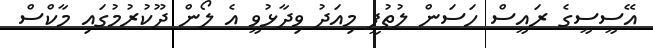
އޭސީސީގެ ރައީސް ހަސަން ލުތުފީ މިއަދު ވިދާޅުވީ އެ ލޯން ދޫކުރުމުގައި މާކްސް